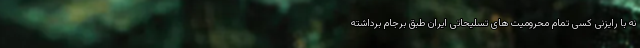
نه با رایزنی کسی تمام محرومیت های تسلیحاتی ایران طبق برجام برداشته